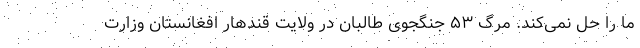
ما را حل نمی‌کند. مرگ ۵۳ جنگجوی طالبان در ولایت قندهار افغانستان وزارت